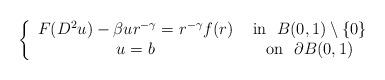
LaTeX: \begin{align*} \left\{\begin{array}{cc} F( D^2 u) -\beta{ u r^{-\gamma}} = r^{-\gamma} f(r) & \hbox{ in } \ B(0,1)\setminus \{0\}\\ u = b & \hbox{ on } \ \partial B(0,1) \end{array}\right. \end{align*}